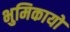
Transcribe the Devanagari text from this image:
भुमिकायों